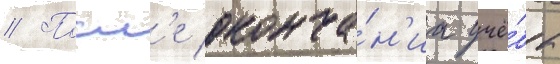
// Посл'е оконча́н'иа учё́бы